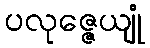
ပလုဇ္ဇေယျုံ